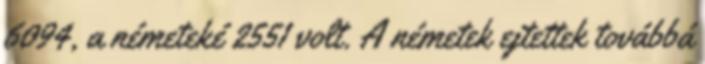
6094, a németeké 2551 volt. A németek ejtettek továbbá